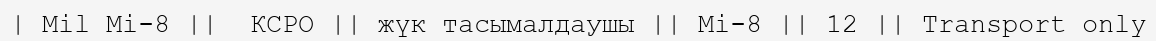
| Mil Mi-8 ||  КСРО || жүк тасымалдаушы || Mi-8 || 12 || Transport only